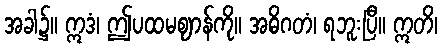
အခါ၌။ ဣဒံ၊ ဤပထမဈာန်ကို။ အဓိဂတံ၊ ရဘူးပြီ။ ဣတိ၊